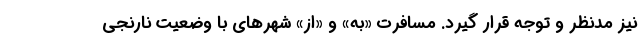
نیز مدنظر و توجه قرار گیرد. مسافرت «به» و «از» شهرهای با وضعیت نارنجی